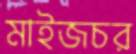
মাইজচর